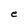
Character: e